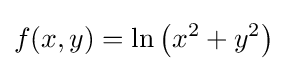
\,\!f(x,y)=\ln \left(x^{2}+y^{2}\right)